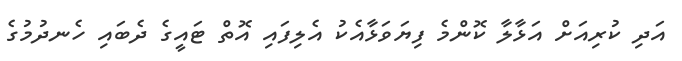
އަދި ކުރިއަށް އަޅާލާ ކޮންމެ ފިޔަވަޅާއެކު އެލިފައި އޮތް ޓައީގެ ދެބައި ހެނދުމުގެ